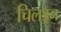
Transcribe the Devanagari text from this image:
चिलड्रन